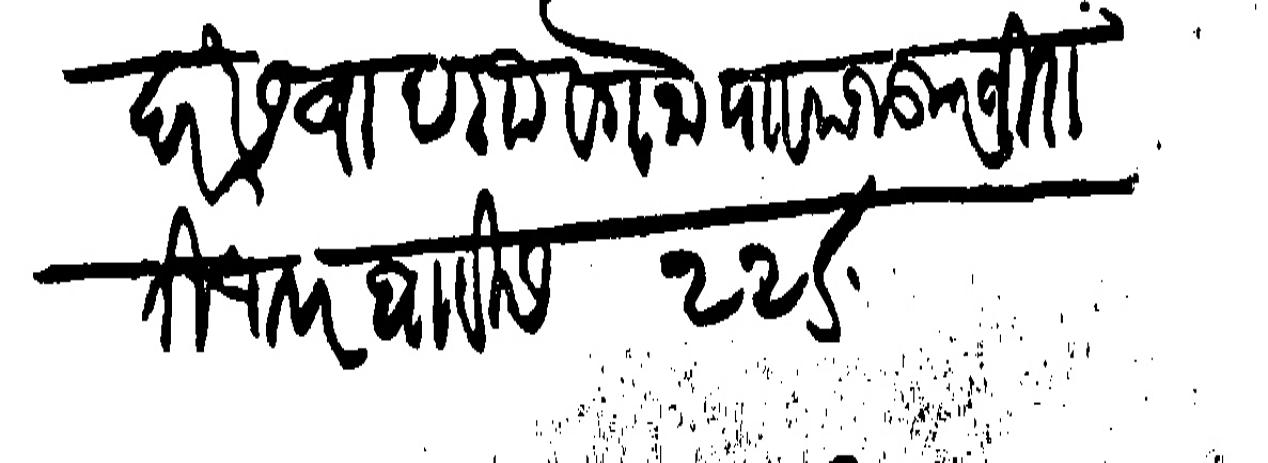
Transliteration (Devanagari): दर सवाद गावगना पाा मजकूर जिरा ती चावर बावीस